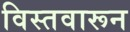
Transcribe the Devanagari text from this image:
विस्तवारून